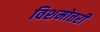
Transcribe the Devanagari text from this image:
विशमोत्तरी